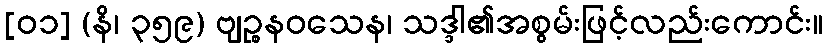
[၀၁] (နိ၊ ၃၅၉) ဗျဉ္စနဝသေန၊ သဒ္ဒါ၏အစွမ်းဖြင့်လည်းကောင်း။